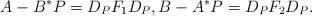
LaTeX: \begin{align*} A-B^*P = D_PF_1D_P, B-A^*P = D_PF_2D_P. \end{align*}